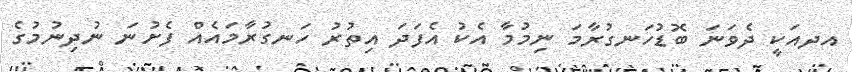
އދއަކީ ދެވަނަ ބޮޑުހަނގުރާމަ ނިމުމާ އެކު އެފަދަ އިތުރު ހަނގުރާމައެއް ފެށުނަ ނުދިނުމުގެ